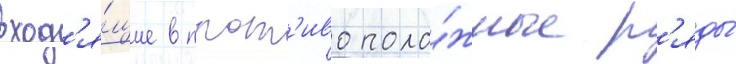
вход'я́щие в прот'ивополо́жные р'яды́